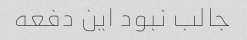
جالب نبود این دفعه